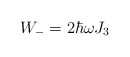
\begin{align*}W_{-} = 2\hbar\omega J_{3} \end{align*}